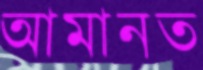
আমানত